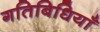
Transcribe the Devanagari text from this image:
गतिबिधियाँ